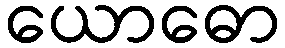
ယောဓော